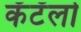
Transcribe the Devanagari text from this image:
कॅटॅलो